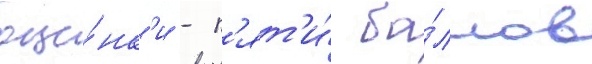
оце́нк'и - п'ят'и́ ба́ллов